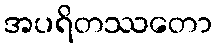
အပရိတဿတော